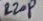
Text: 220P